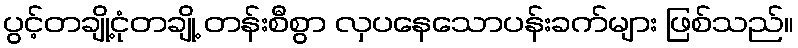
ပွင့်တချို့ငုံတချို့ တန်းစီစွာ လှပနေသောပန်းခက်များ ဖြစ်သည်။